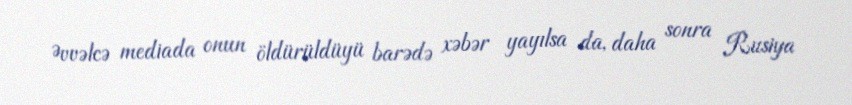
Əvvəlcə mediada onun öldürüldüyü barədə xəbər yayılsa da, daha sonra Rusiya